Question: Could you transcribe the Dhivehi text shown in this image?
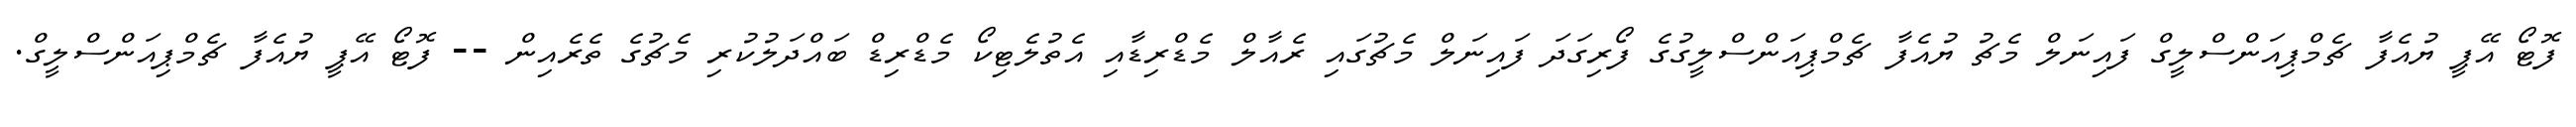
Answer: ފޮޓޯ އޭޕީ ޔުއެފާ ޗެމްޕިއަންސްލީގް ފައިނަލް މެޗު ޔުއެފާ ޗެމްޕިއަންސްލީގުގެ ފޯރިގަދަ ފައިނަލް މެޗުގައި ރެއާލް މެޑްރިޑާއި އެތުލެޓިކޯ މެޑްރިޑް ބައްދަލުކުރި މެޗުގެ ތެރެއިން -- ފޮޓޯ އޭޕީ ޔުއެފާ ޗެމްޕިއަންސްލީގް.